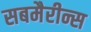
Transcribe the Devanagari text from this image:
सबमैरीन्स